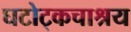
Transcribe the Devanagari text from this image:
घटोट्कचाश्रय